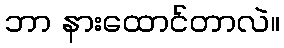
ဘာ နားထောင်တာလဲ။